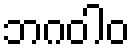
ဘဂဝါဝ